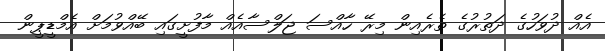
އެއް ދުވަހުގެ ދަތުރުގެ ތެރެއިން މިރޭ ހާއްސަ ޖަލްސާއެއް މާފުށީގައި ބޭއްވުމަށް އެމްޑީޕީން